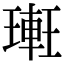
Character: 𨌥